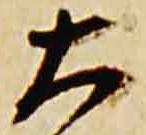
大